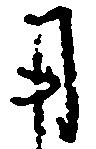
用